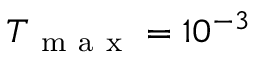
T _ { \mathrm { ~ m ~ a ~ x ~ } } = 1 0 ^ { - 3 }